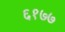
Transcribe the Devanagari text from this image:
६१७७